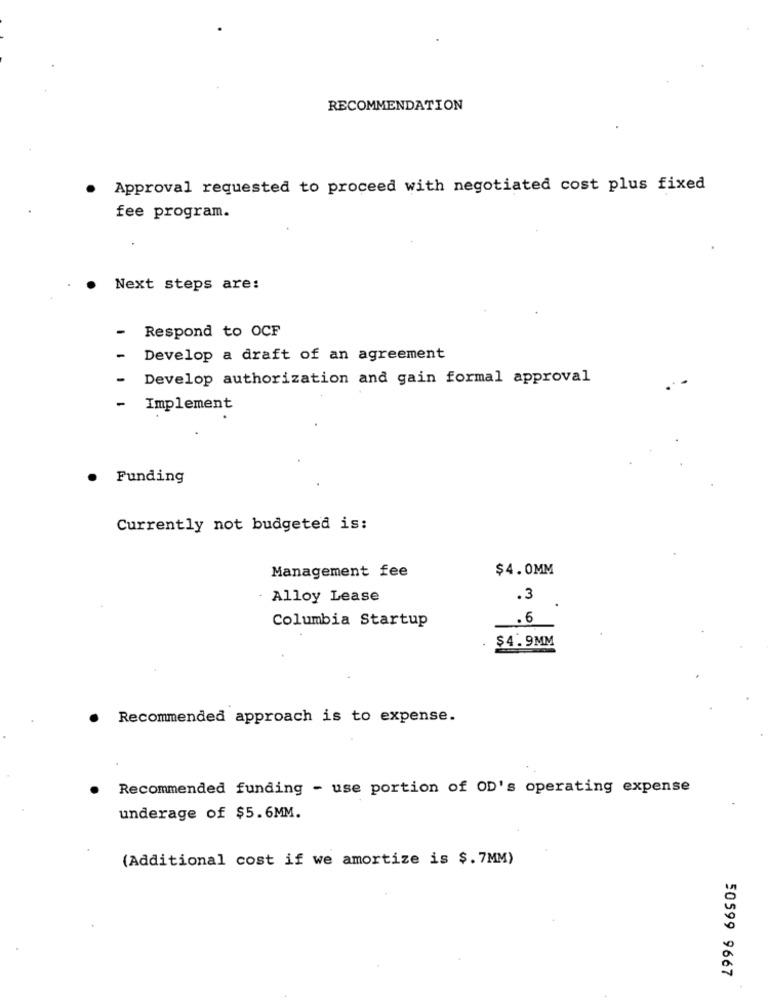
RECOMMENDATION
Approval requested to proceed with negotiated cost plus fixed
fee program.
Next steps are:
-
Respond to OCF
-
Develop a draft of an agreement
-
Develop authorization and gain formal approval
- Implement
. Funding
Currently not budgeted is:
$4.0MM
Management fee
Alloy Lease
.3
. 6
Columbia Startup
$4.9MM
Recommended approach is to expense.
Recommended funding - use portion of OD's operating expense
underage of $5.6MM.
(Additional cost if we amortize is $. 7MM)
50599 9667